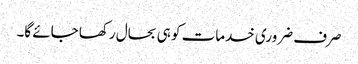
صرف ضروری خدمات کو ہی بحال رکھا جائے گا۔